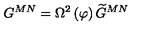
G ^ { M N } = \Omega ^ { 2 } \left( \varphi \right) \widetilde { G } ^ { M N }